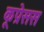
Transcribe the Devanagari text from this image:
कूप्रेसस